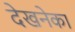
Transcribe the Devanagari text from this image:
देखनेका